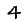
Digit: 4